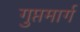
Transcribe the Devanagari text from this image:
गुप्तमार्ग